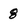
Character: 8